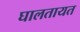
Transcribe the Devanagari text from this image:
घालतायत